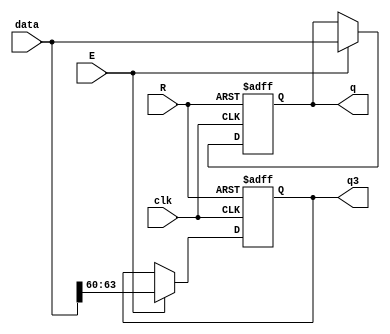
module REG_FPGA (
    clk,
    R,           
    E,          
    data,  
    q,  
    q3  
);
	input clk, R, E;
	input [63:0]data;
	output reg[63:0]q;
	output reg[3:0]q3; //MVP BITS
    always @(posedge clk or posedge R) begin
        if (R) begin
            q <= 64'b0;    
            q3 <= 4'b0;   
        end else if (E) begin
            q <= data;
            q3 <= data[63:60]; 
        end 
    end

endmodule